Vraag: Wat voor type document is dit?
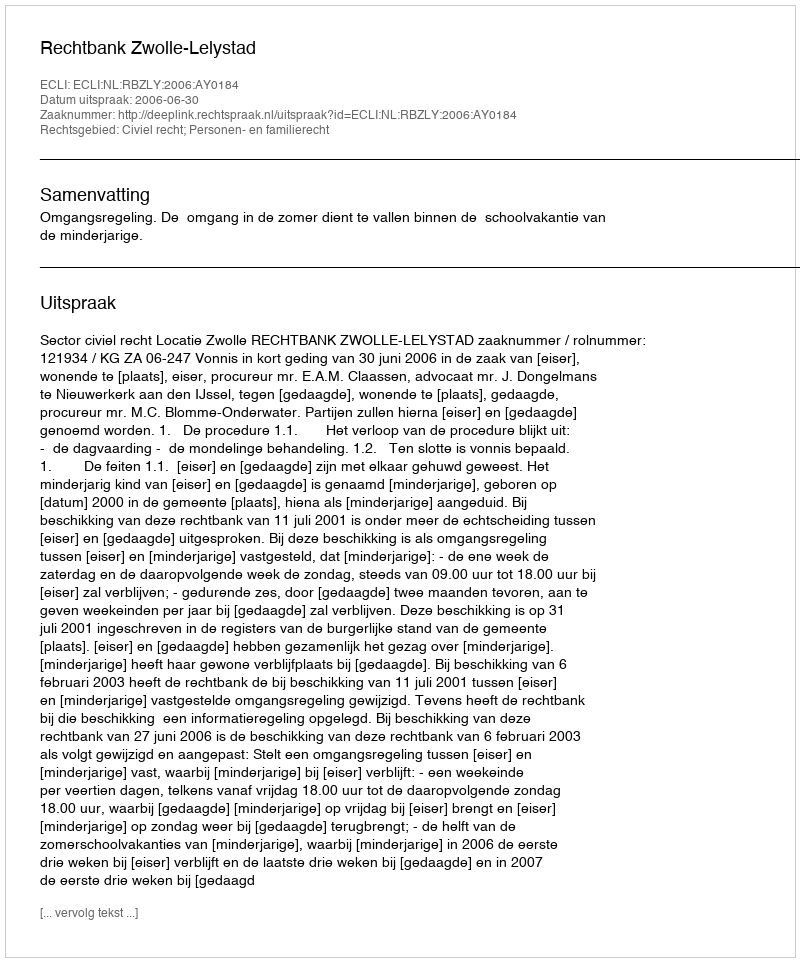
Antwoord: Uitspraak